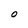
Character: O